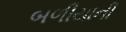
બળીયાની